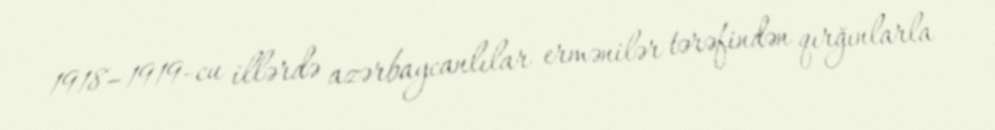
1918–1919-cu illərdə azərbaycanlılar ermənilər tərəfindən qırğınlarla